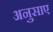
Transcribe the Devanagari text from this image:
अनुसाए